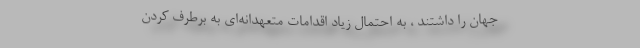
جهان را داشتند ، به احتمال زیاد اقدامات متعهدانه‌ای به برطرف کردن